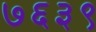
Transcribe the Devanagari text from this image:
७६३९